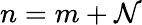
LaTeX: n=m+\mathcal{N}